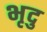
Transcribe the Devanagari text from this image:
भृदु